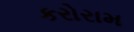
કરોરામ